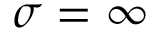
\sigma = \infty